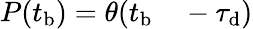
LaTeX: \begin{array}{rl}{P(t_{\mathrm{b}})=\theta(t_{\mathrm{b}}}&{{}-\tau_{\mathrm{d}})}\end{array}